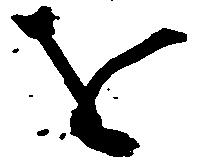
を